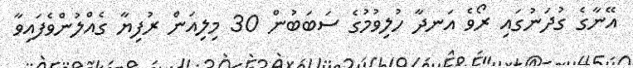
އޭނާގެ ގުދަނުގައި ރޯވެ އަނދާ ހުލިވުމުގެ ސަބަބުން 30 މިލިއަން ރުފިޔާ ގެއްލުންވެފައިވާ